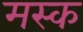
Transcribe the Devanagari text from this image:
मस्‍क